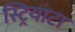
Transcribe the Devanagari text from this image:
स्ट्रियाटा